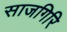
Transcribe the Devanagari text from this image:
साजगिरि